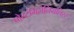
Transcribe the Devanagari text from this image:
पोस्टमिलेनियलिस्ट